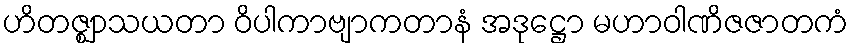
ဟိတဇ္ဈာသယတာ ဝိပါကာဗျာကတာနံ အဒုဋ္ဌော မဟာဝါဏိဇဇာတကံ